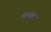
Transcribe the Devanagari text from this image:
किषीत